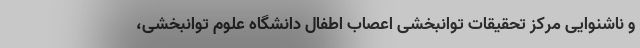
و ناشنوایی مرکز تحقیقات توانبخشی اعصاب اطفال دانشگاه علوم توانبخشی،